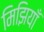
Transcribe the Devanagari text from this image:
मिझियाँ